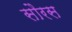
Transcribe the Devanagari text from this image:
सौरस